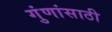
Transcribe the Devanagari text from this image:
गुंणांसाठी